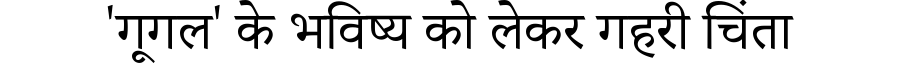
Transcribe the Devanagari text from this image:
'गूगल' के भविष्य को लेकर गहरी चिंता